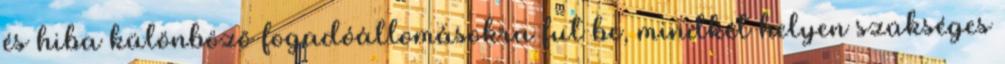
és hiba különbözõ fogadóállomásokra fut be, mindkét helyen szükséges